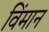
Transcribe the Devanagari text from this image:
विंमान